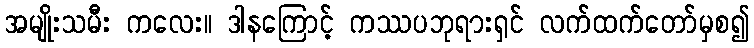
အမျိုးသမီး ကလေး။ ဒါနကြောင့် ကဿပဘုရားရှင် လက်ထက်တော်မှစ၍